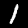
Digit: 1